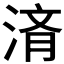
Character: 𬈀